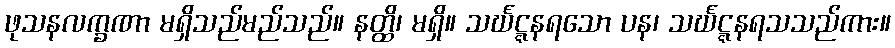
ဖုသနလက္ခဏာ မရှိသည်မည်သည်။ နတ္ထိ၊ မရှိ။ သင်္ဃဋ္ဋနရသော ပန၊ သင်္ဃဋ္ဋနရသသည်ကား။